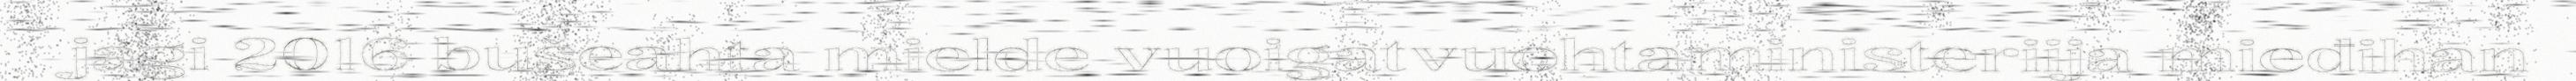
jagi 2016 bušeahta mielde vuoigatvuohtaministeriija mieđihan